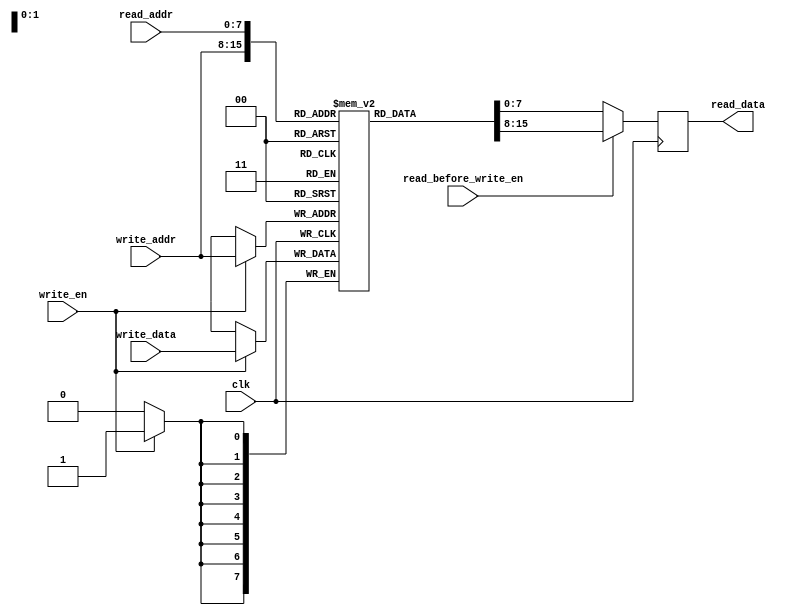
module dual_port_ram (
    input wire clk,
    input wire [7:0] read_addr,
    output reg [7:0] read_data,
    input wire [7:0] write_addr,
    input wire [7:0] write_data,
    input wire write_en,
    input wire read_before_write_en // read-before-write enable signal
);

reg [7:0] mem [0:255]; // 256 bytes memory array

always @(posedge clk) begin
    if (write_en) begin
        mem[write_addr] <= write_data;
    end
    if (read_before_write_en) begin
        read_data <= mem[write_addr];
    end else begin
        read_data <= mem[read_addr];
    end
end
endmodule